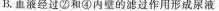
B.血液经过②和④内壁的滤过作用形成尿液